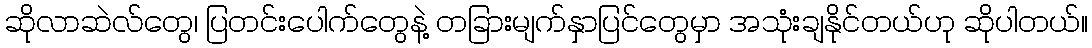
ဆိုလာဆဲလ်တွေ၊ ပြတင်းပေါက်တွေနဲ့ တခြားမျက်နှာပြင်တွေမှာ အသုံးချနိုင်တယ်ဟု ဆိုပါတယ်။